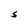
Character: S